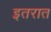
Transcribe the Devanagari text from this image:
इतरात